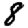
Digit: 8